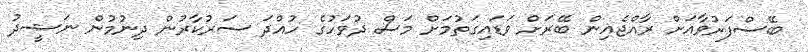
ބޭސްފަރުވާއަށް ރާއްޖެއިން ބޭރަށް ވަޑައިގަތުމަށް މަސް ދުވަހުގެ ހުއްދަ ސަރުކާރުން ދިނުމުން ނަޝީދު